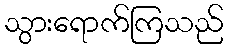
သွားရောက်ကြသည်